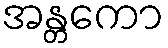
အန္တကော